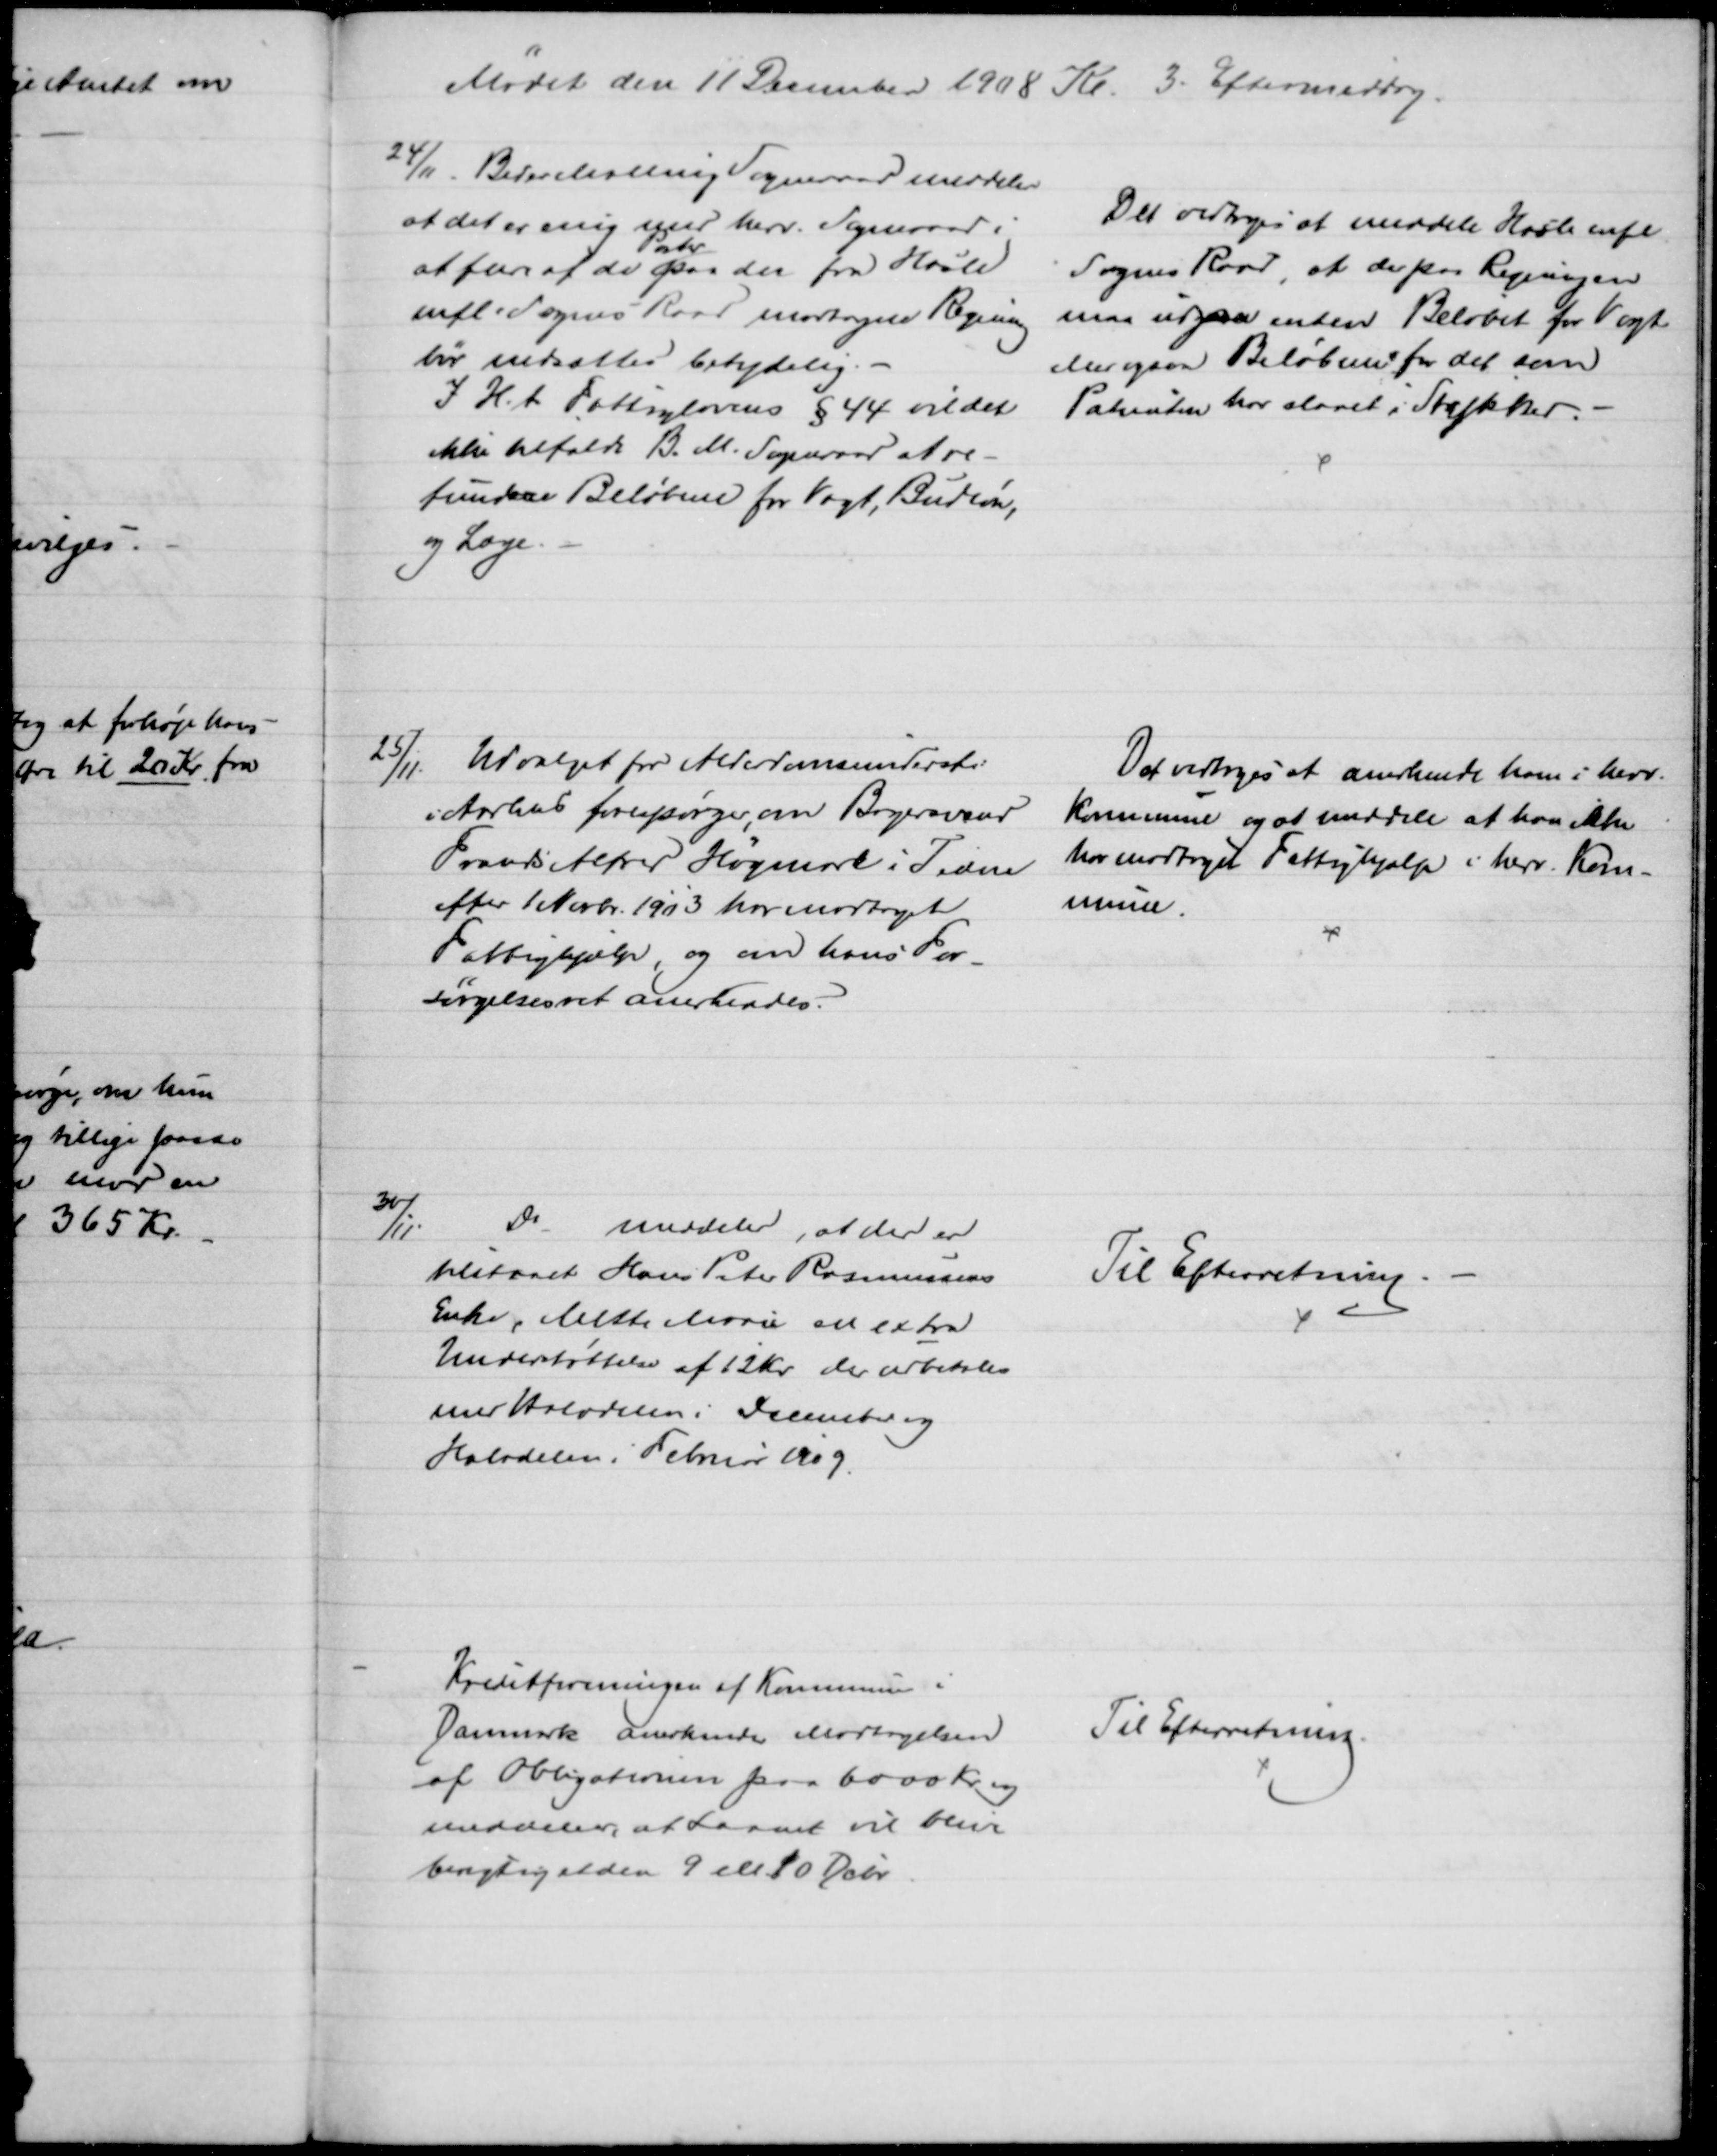
Transskription:
Mødet den 11 December 1908 Kl. 3. Eftermiddag.
24/11. Beder Malling Sogneraad meddeler
at det er enig med herv. Sogneraad i 
at flere af de 
Poster
paa den fra Hasle
mfl. Sognes Raad modtagne Regning
bør nedsættes betydelig
I H. t. Fattiglovens § 44 vil det
ikke tilfalde B. M. Sogneraad at re-
fundere Beløbene for Vagt, Budløn,
og Læge.
Det vedtoges at meddele Hasle mfl
Sognes Raad, at der paa Regningen
maa udgaa enten Beløbet for Vagt
Men ogsaa Beløbene for det som
Patienten har slaaet i Stykker. 
25/11
Udvalget for Alderdomsunderst:
i Aarhus forespørger om Bagersvend
Frands Alfred Høgmark i Tiden
efter 1 Novbr. 1903 har modtaget
Fattighjælp, og om hans For-
sørgelsesret anerkendes.
Det vedtoges at anerkende ham i herv.
Kommune og at meddele at han ikke
har modtaget Fattighjælp i herv. Kom-
mune.
30/11
Do
meddeler, at der er
tilstaaet Hans Peter Rasmussens
Enke, Mette Marie en extra
Understøttelse af 12 Kr. der udbetales
med Halvdelen i December og
Halvdelen i Februar 1909.
Til Efterretning.
Kreditforeningen af Kommuner i
Danmark anerkender Modtagelsen
af Obligationen paa 6000 Kr. og
meddeler, at Laanet vil blive
berigtiget den 9 ell 10 Debr.
Til Efterretning.